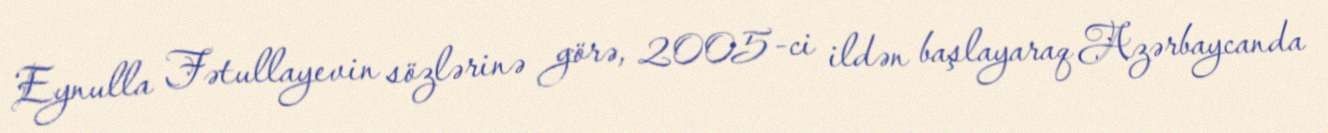
Eynulla Fətullayevin sözlərinə görə, 2005-ci ildən başlayaraq Azərbaycanda